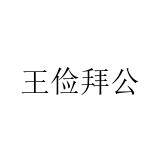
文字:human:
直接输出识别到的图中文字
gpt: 王俭拜公